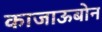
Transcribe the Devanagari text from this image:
काजाऊबोन